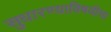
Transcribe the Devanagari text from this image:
सुधारण्याविषयीचा